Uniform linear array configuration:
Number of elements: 8
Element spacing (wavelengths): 0.75
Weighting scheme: cosine
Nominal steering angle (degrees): -45
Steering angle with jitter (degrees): -43.923
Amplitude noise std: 0.05
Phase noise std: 0.05

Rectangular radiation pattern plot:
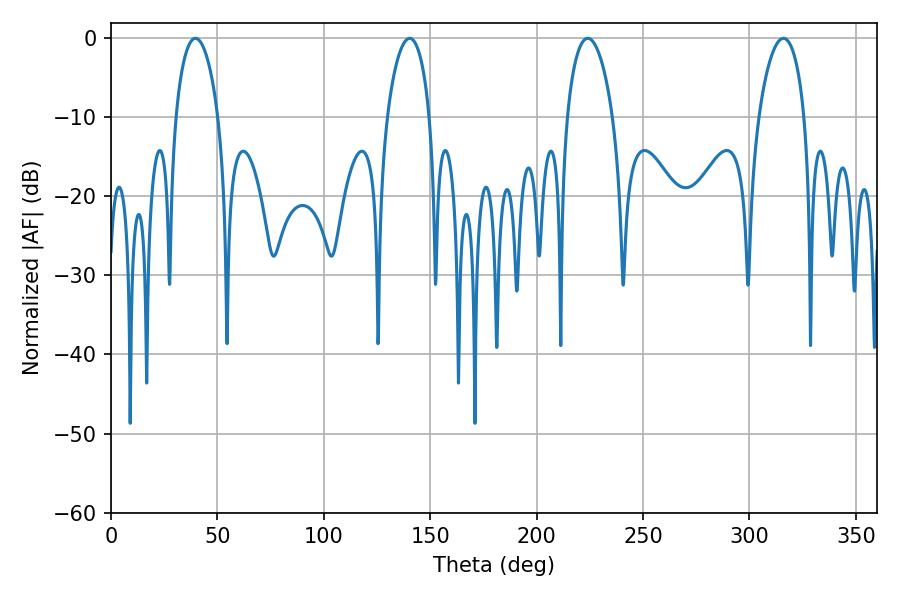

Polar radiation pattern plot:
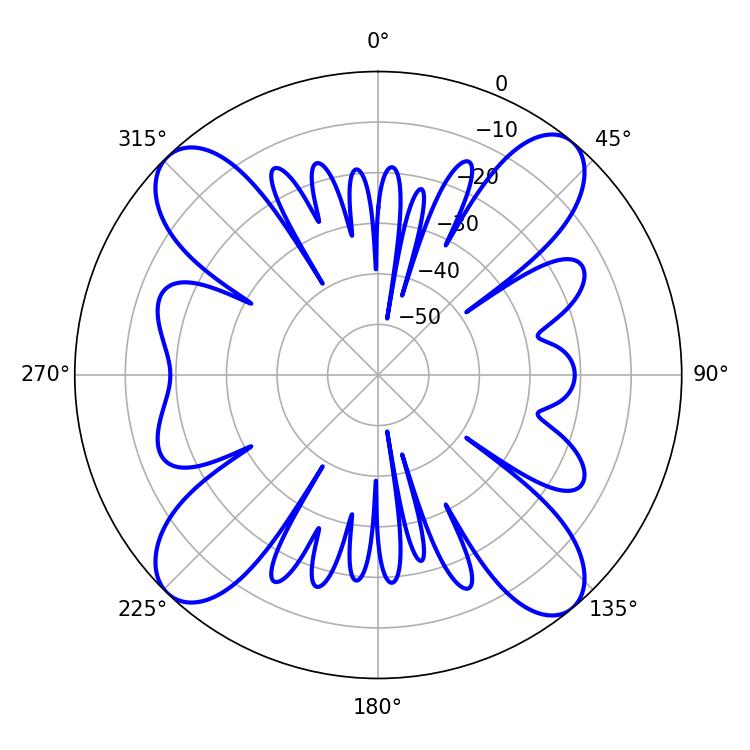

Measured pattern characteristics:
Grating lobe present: TRUE
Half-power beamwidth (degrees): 11.34
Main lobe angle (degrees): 140.4